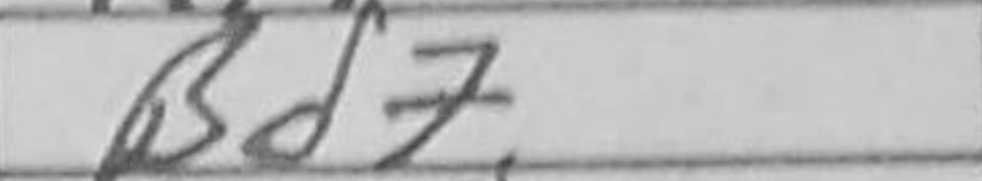
Transcription: Bd7